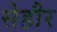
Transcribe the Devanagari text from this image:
सेहौर